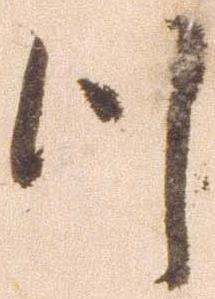
つ